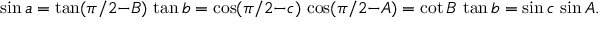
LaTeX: \sin a = \tan ( \pi / 2 { - } B ) \, \tan b = \cos ( \pi / 2 { - } c ) \, \cos ( \pi / 2 { - } A ) = \cot B \, \tan b = \sin c \, \sin A .